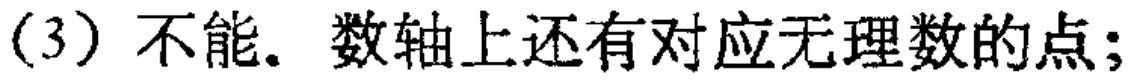
(3) 不能. 数轴上还有对应无理数的点;